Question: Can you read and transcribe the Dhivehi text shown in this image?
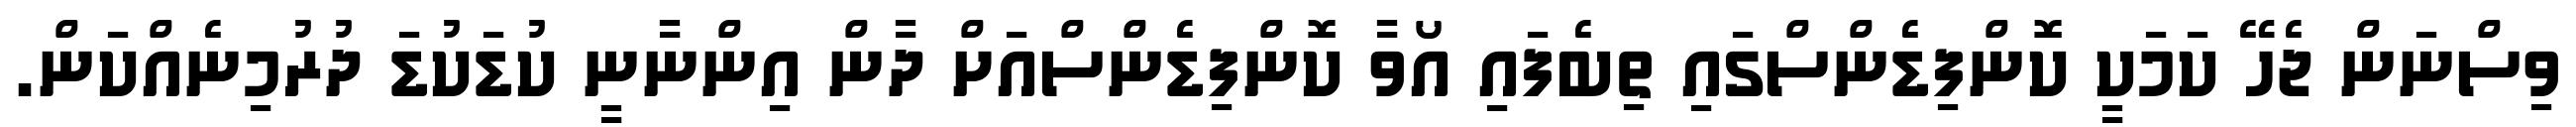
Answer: ވިސްނަން ޖެހޭ ކަމަކީ ކޮންފިޑެންސްގައި ތިބެފައި އޯވާ ކޮންފިޑެންސްއަށް ދާން އިންނާނީ ކުޑަކުޑަ ދުރުމިނެއްކަން.